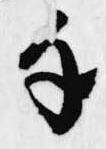
手